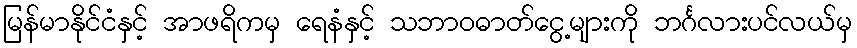
မြန်မာနိုင်ငံနှင့် အာဖရိကမှ ရေနံနှင့် သဘာဝဓာတ်ငွေ့များကို ဘင်္ဂလားပင်လယ်မှ